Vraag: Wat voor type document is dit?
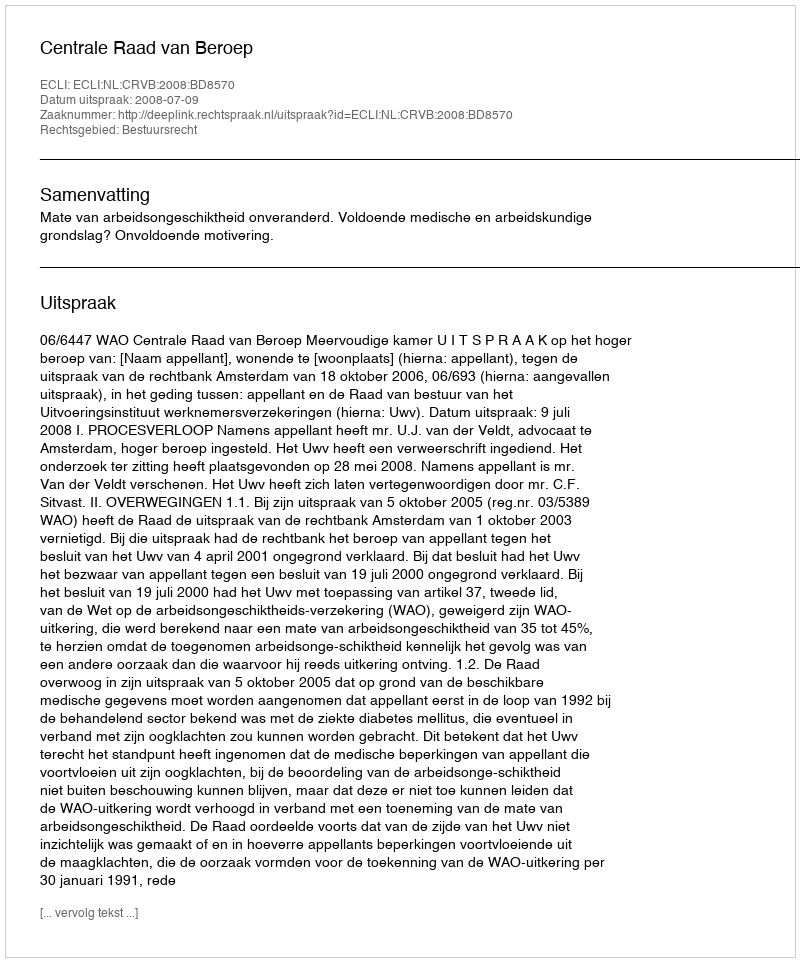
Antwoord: Uitspraak